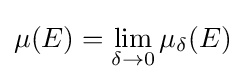
\mu (E)=\lim _{\delta \to 0}\mu _{\delta }(E)